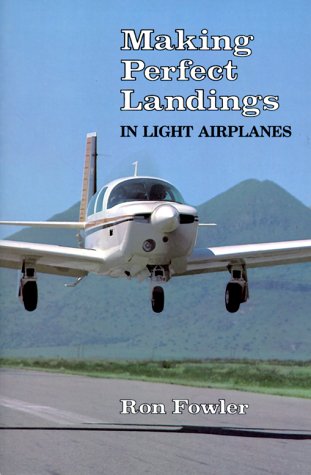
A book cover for Making Perfect Landings-00-P; Ron Fowler; Sports & Outdoors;